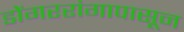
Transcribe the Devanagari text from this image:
डोंगररांगापासून